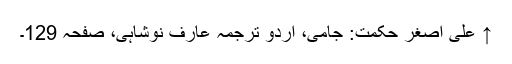
↑ علی اصغر حکمت: جامی، اُردو ترجمہ عارف نوشاہی، صفحہ 129۔